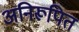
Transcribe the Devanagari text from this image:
अनिरूपित